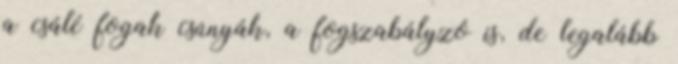
a csálé fogak csúnyák, a fogszabályzó is, de legalább